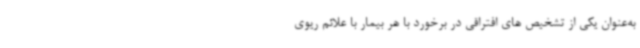
به‌عنوان یکی از تشخیص های افتراقی در برخورد با هر بیمار با علائم ریوی